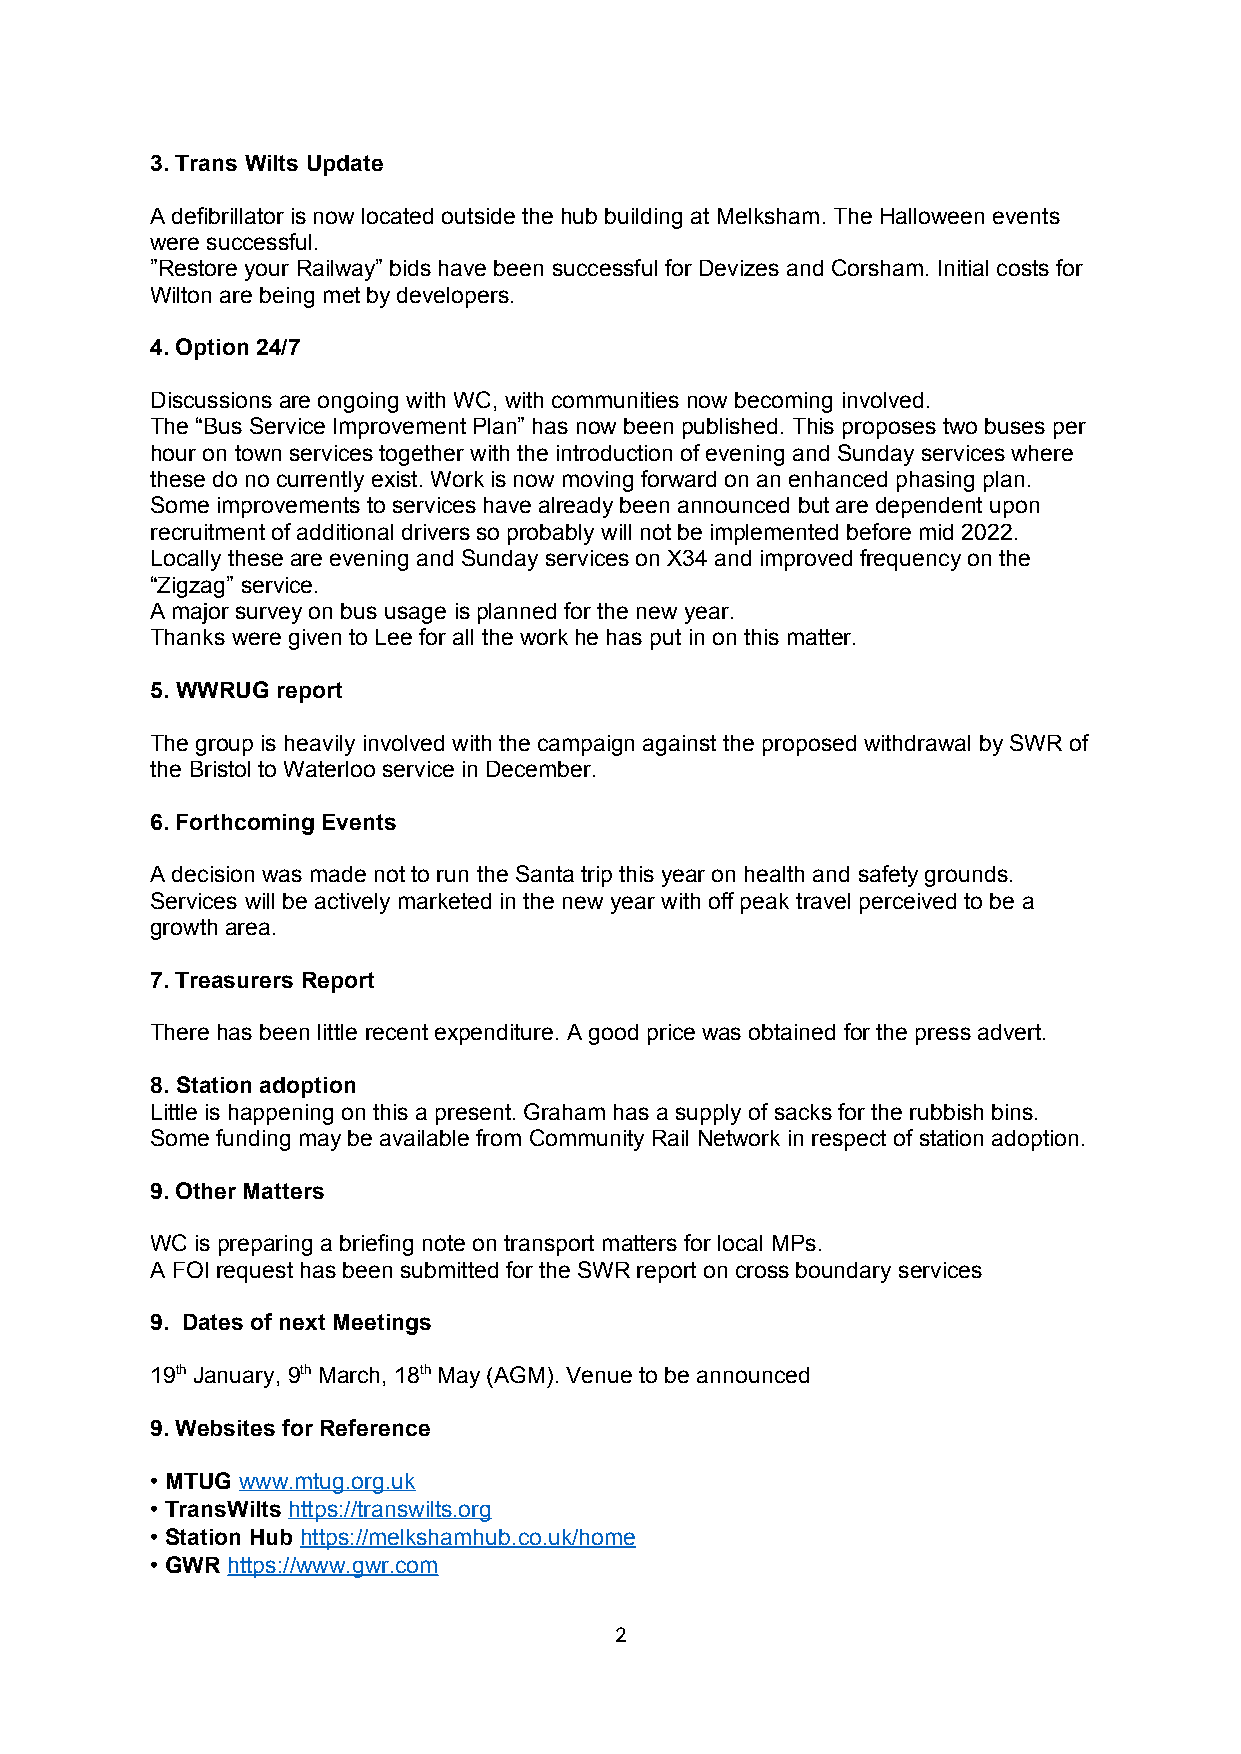
3. Trans Wilts Update
 A defibrillator is now located outside the hub building at Melksham. The Halloween events
 were successful.
 ”Restore your Railway” bids have been successful for Devizes and Corsham. Initial costs for
 Wilton are being met by developers.
 4. Option 24/7
 Discussions are ongoing with WC, with communities now becoming involved.
 The “Bus Service Improvement Plan” has now been published. This proposes two buses per
 hour on town services together with the introduction of evening and Sunday services where
 these do no currently exist. Work is now moving forward on an enhanced phasing plan.
 Some improvements to services have already been announced but are dependent upon
 recruitment of additional drivers so probably will not be implemented before mid 2022.
 Locally these are evening and Sunday services on X34 and improved frequency on the
 “Zigzag” service.
 A major survey on bus usage is planned for the new year.
 Thanks were given to Lee for all the work he has put in on this matter.
 5. WWRUG report
 The group is heavily involved with the campaign against the proposed withdrawal by SWR of
 the Bristol to Waterloo service in December.
 6. Forthcoming Events
 A decision was made not to run the Santa trip this year on health and safety grounds.
 Services will be actively marketed in the new year with off peak travel perceived to be a
 growth area.
 7. Treasurers Report
 There has been little recent expenditure. A good price was obtained for the press advert.
 8. Station adoption
 Little is happening on this a present. Graham has a supply of sacks for the rubbish bins.
 Some funding may be available from Community Rail Network in respect of station adoption.
 9. Other Matters
 WC is preparing a briefing note on transport matters for local MPs.
 A FOI request has been submitted for the SWR report on cross boundary services
 9. Dates of next Meetings
 19th January, 9th March, 18th May (AGM). Venue to be announced
 9. Websites for Reference
 • MTUG www.mtug.org.uk
 • TransWilts https://transwilts.org
 • Station Hub https://melkshamhub.co.uk/home
 • GWR https://www.gwr.com
 2